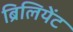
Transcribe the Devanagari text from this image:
ब्रिलियेंट